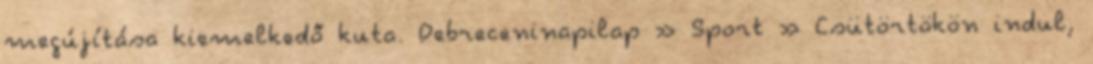
megújítása kiemelkedő kuta. Debreceninapilap » Sport » Csütörtökön indul,